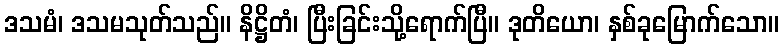
ဒသမံ၊ ဒသမသုတ်သည်။ နိဋ္ဌိတံ၊ ပြီးခြင်းသို့ရောက်ပြီ။ ဒုတိယော၊ နှစ်ခုမြောက်သော။